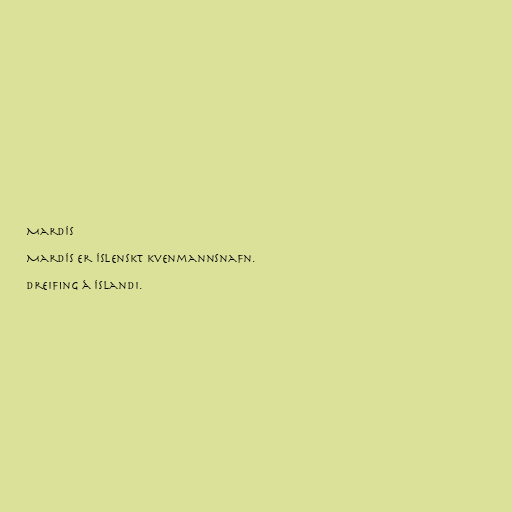
Mardís

Mardís er íslenskt kvenmannsnafn.

Dreifing á Íslandi.